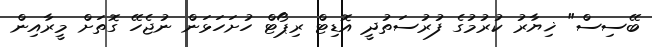
ބޭސިސް" ޚިޔާރު ކުރުމުގެ ފުރުސަތުދީ އޮޑިޓް ރިޕޯޓް ހުށަހަޅަން ނުޖެހޭ ގޮތަށް މީރާއިން